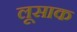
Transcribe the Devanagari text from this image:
लूसाक